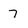
Character: 7